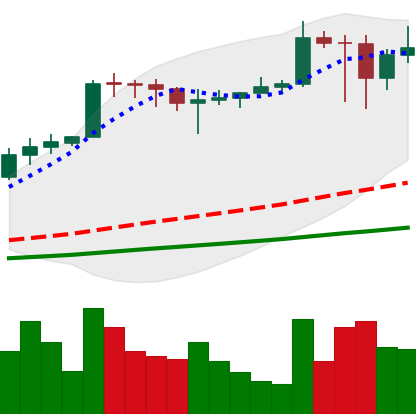
Ticker: ADA-USD
Chart end date: 2021-02-25
Forward return: 13.573%
Label: up_7plus